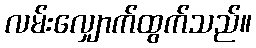
လမ်းလျှောက်ထွက်သည်။